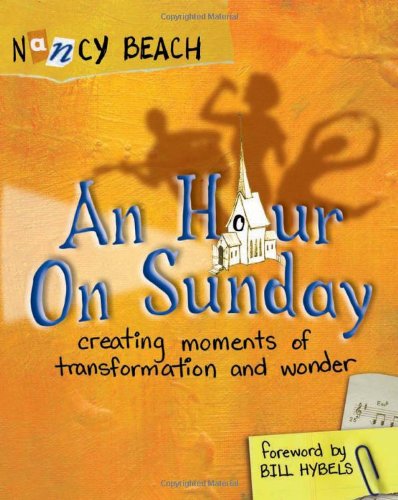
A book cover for An Hour on Sunday: Creating Moments of Transformation and Wonder; Nancy Beach; Christian Books & Bibles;